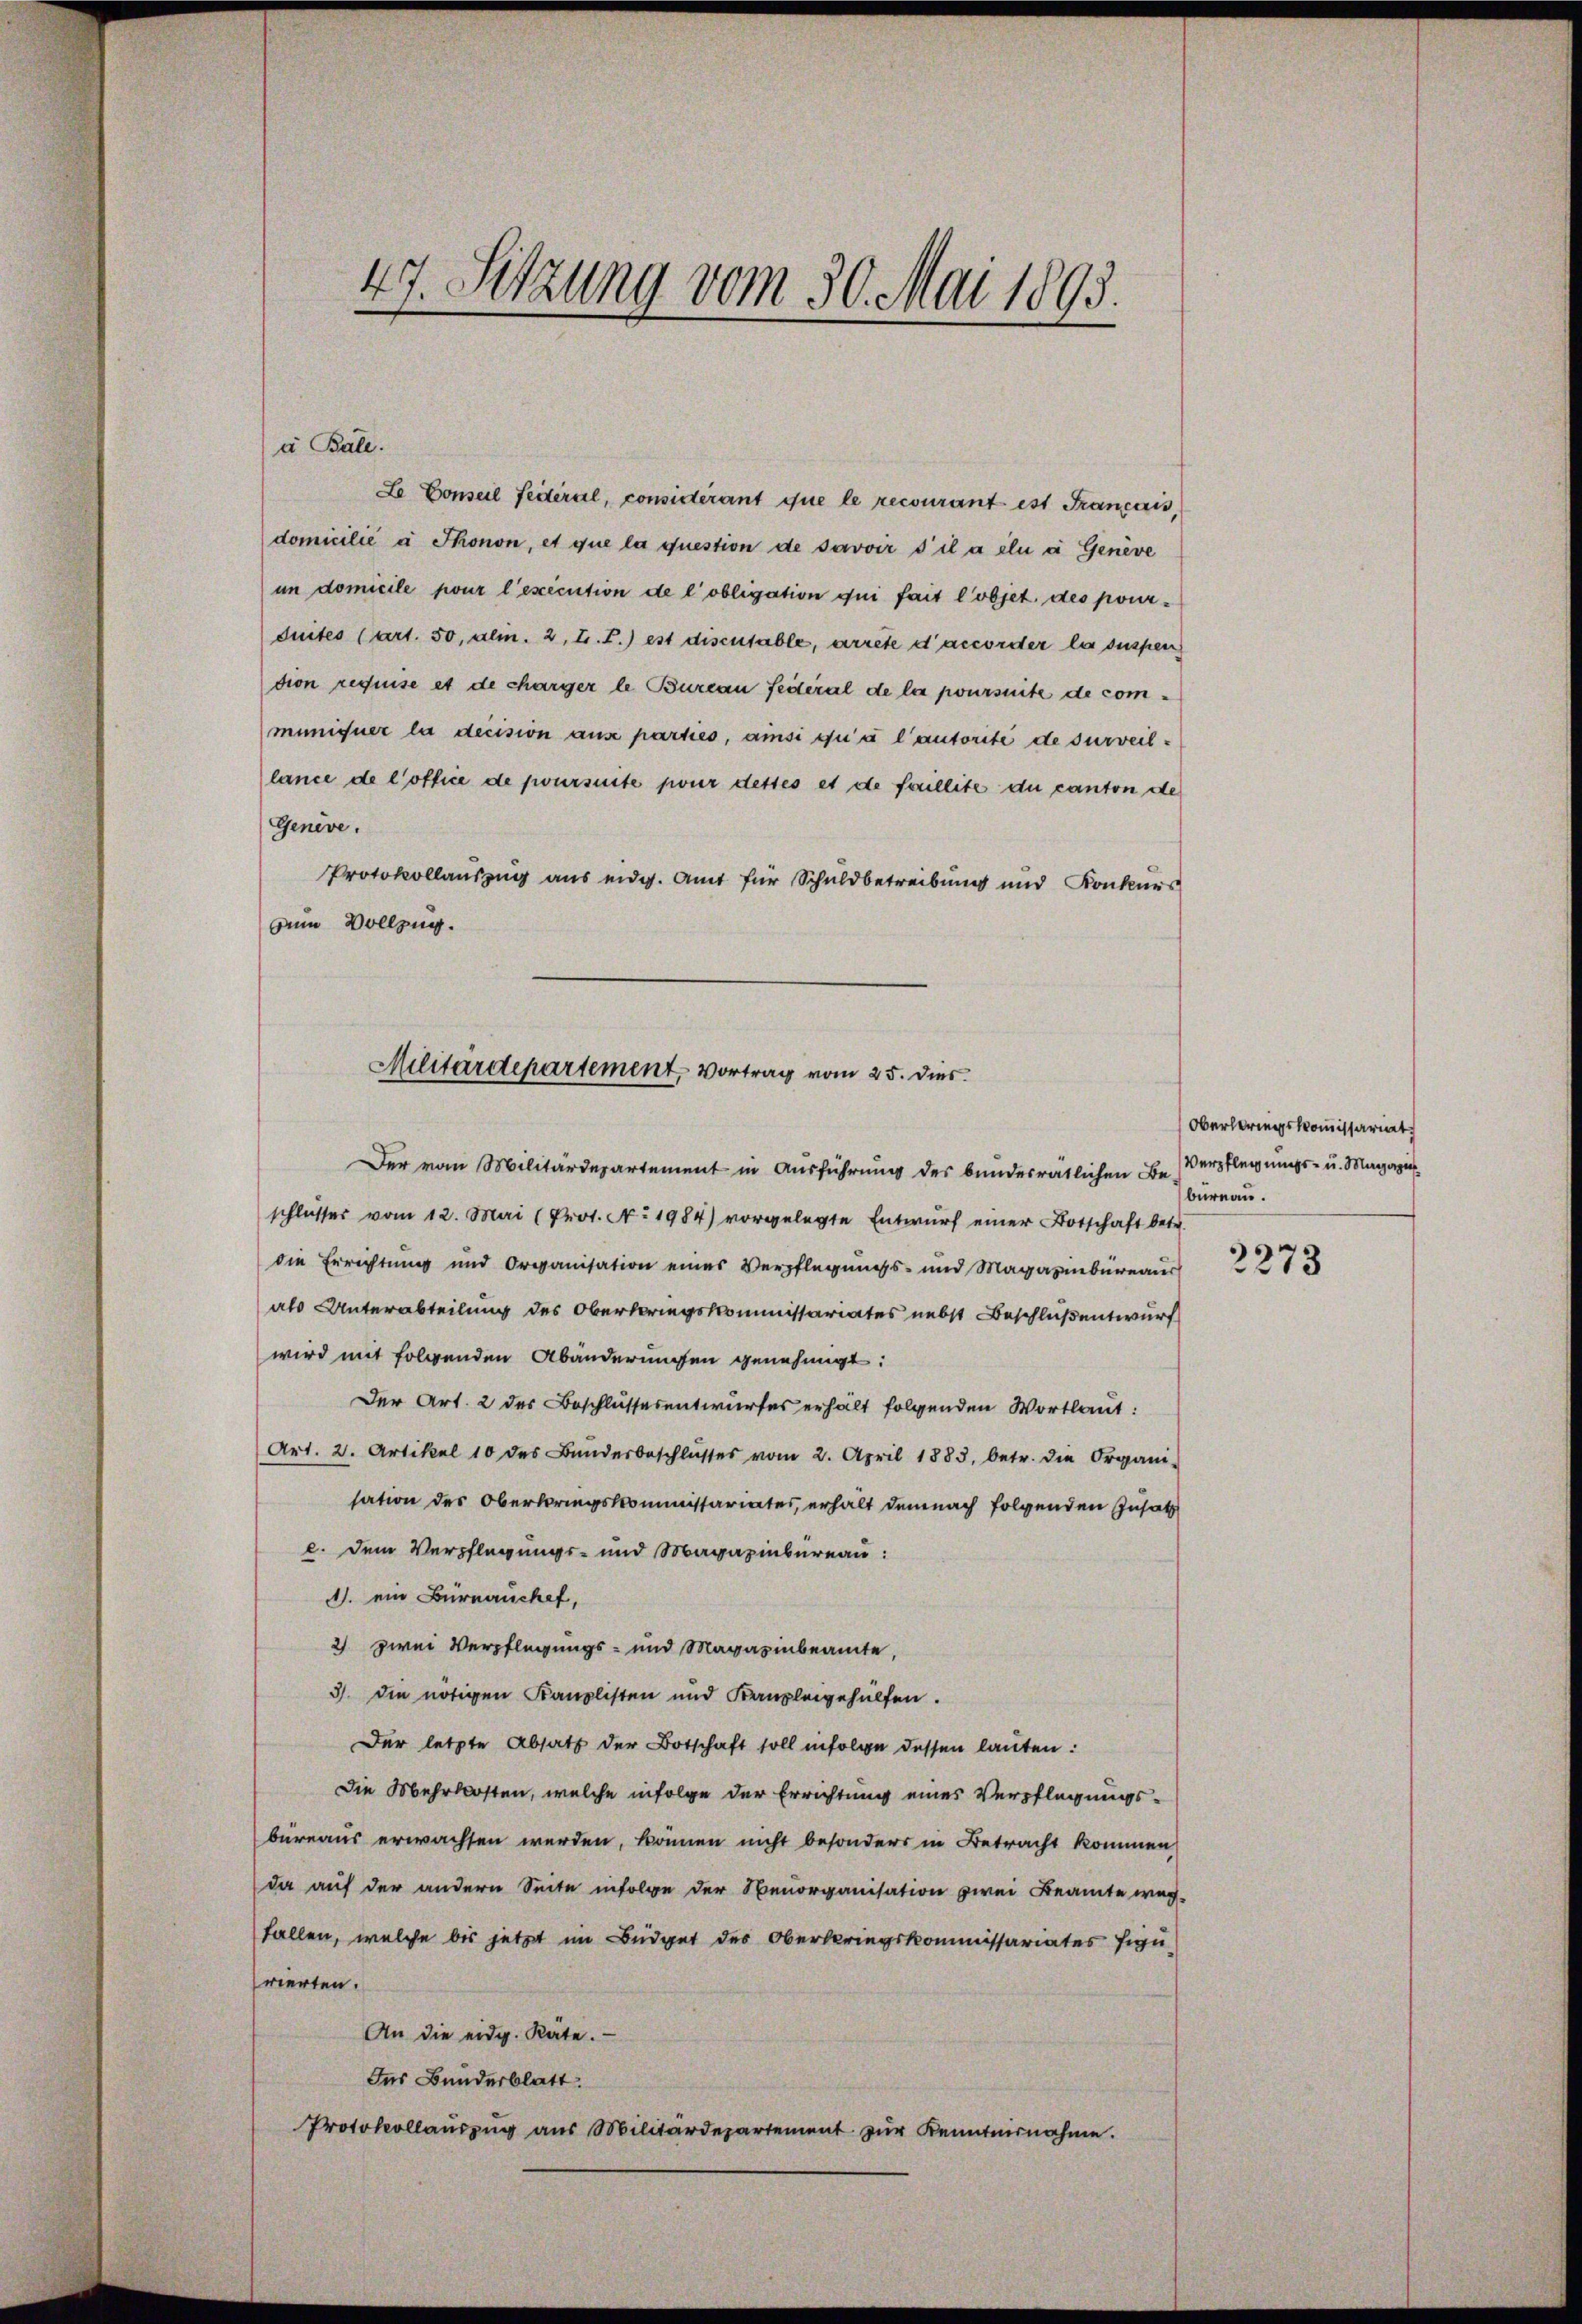
47. Setzung vom 30. Mai 1893.

i Bale.

Le Conseil feiteral, considérant que le recourant ist Francois,
domicilié à Thonon, et que la question de savoir s’il a élu à Genève
im domicile pour l’execution de l’obligation qui fait l’objet des pourduites (Art. 50, alin. 2, L. T.) est disensable, arrete d’accorder la suspen
tion requise et de charger le Bureau feiteral de la joursuite de communiquer la decision aus parties, ansi qui a l’autorite de surveillance de l’office de joursuite pour desses et de foullite du canton de
Genève.
Protokollauszug aus eidg. Amt für Schuldbetreibung und Konkurs
zum Vollzug.
Der vom Militärdepartement in Ausführung des bundesrätlichen Be-
schlusser vom 12. Mai (Prot. No. 1984) vorgelegte Entwŭrf einer Botschaft betr.
die Errichtung und Organisation eines Verpflegungs- und Magazinbüreaus
als Unterabteilung des Oberkriegskommissariates nebst Beschluß entwurf
wird mit folgenden Abänderungen genehmigt:
Der Art. 2 des Beschlussesentwurfes erhält folgenden Wortlaut:
Art. 2. Artikel 10 des Bunderbeschlŭsses vom 2. April 1883, betr. die Organi-
sation des Oberkriegskommissariates, erhalt demnach folgenden Zusatz
c. dem Verpflegungs- und Magazinbureau:
1. ein Burnauchef,
2 zwei Verpflegungs- und Magazinbeamte,
3). Die nötigen Kanzlisten und Kanzleigehülfen.
Der letzte Absatz der Botschaft soll infolge dessen lauten:
Die Mehrkosten, welche infolge der Errichtung eines Verpflegungs-
büreaus erwachsen werden, können nicht besonders in Betracht kommen
da auf der andern Seite infolge der Neuorganisation zwei Beamte wegfallen, welche bis jetzt im Büdget des Oberbringskommissariates Figurierten.
An die eidg. Räte.
des Bundesblatt.
Protokollauszug aus Militärdepartement zur Kenntnisnahme.

Militärdepartement, Vortrag vom 25. dies

Oberlerungskommissariat
Verpflegungs- u. Magazi
bureau.

2273